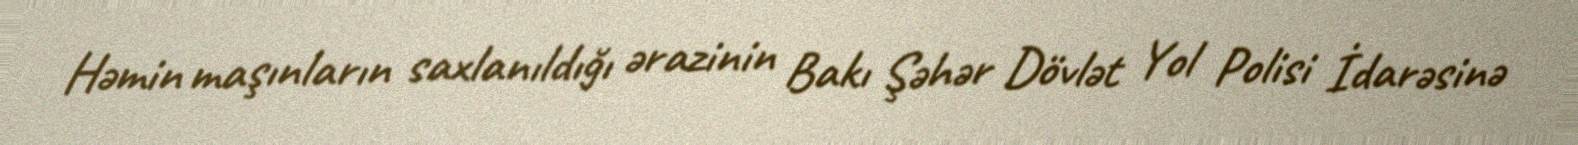
Həmin maşınların saxlanıldığı ərazinin Bakı Şəhər Dövlət Yol Polisi İdarəsinə